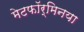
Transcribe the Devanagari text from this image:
मेटफॉर्मिनया